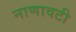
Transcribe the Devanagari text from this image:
नाणावटी